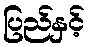
ပြည်နှင့်